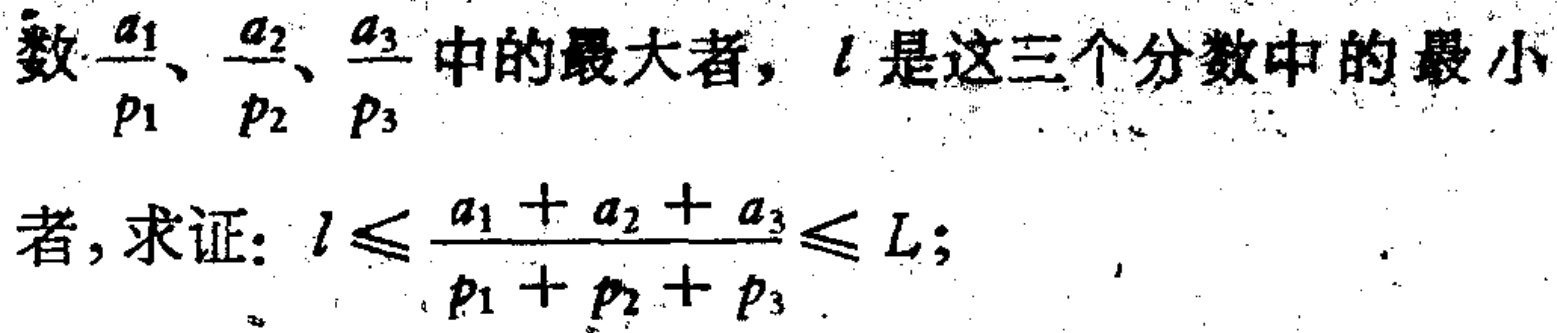
数$\frac{a_1}{p_1}、\frac{a_2}{p_2}、\frac{a_3}{p_3}$中的最大者，$l$是这三个分数中的最小者，求证：$l\leqslant\frac{a_1 + a_2 + a_3}{p_1 + p_2 + p_3}\leqslant L$；